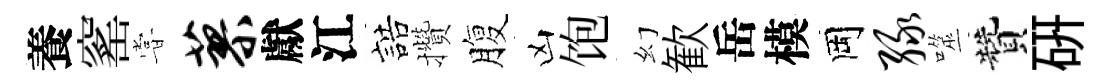
養窰甞蓼獻江誥攢腹凶饱幻歓岳模岡绿噬贊硏